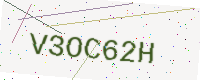
Text: V3OC62H